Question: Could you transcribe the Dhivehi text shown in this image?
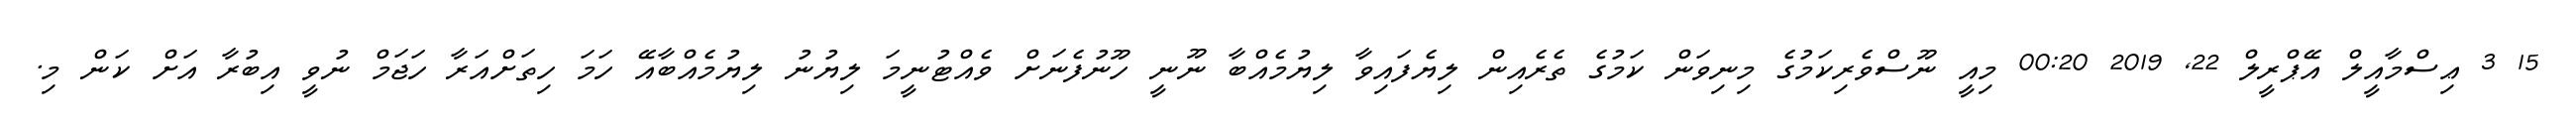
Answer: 15 3 ޢިސްމާއީލް އޭޕްރީލް 22, 2019 00:20 މިއީ ނޫސްވެރިކަމުގެ މިނިވަން ކަމުގެ ތެރެއިން ލިޔެފައިވާ ލިޔުމެއްބާ ނޫނީ ހޫނުފެނަށް ވެއްޓުނީމަ ލިޔުނު ލިޔުމެއްބާއޭ ހަމަ ހިތަށްއަރާ ހަޖަމް ނުވީ އިބުރާ އަށް ކަން މި.